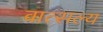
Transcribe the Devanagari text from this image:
वात्‍सल्‍य